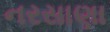
નરસાણા